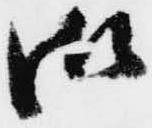
御